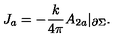
J _ { a } = - \frac { k } { 4 \pi } A _ { 2 a } | _ { \partial \Sigma } .